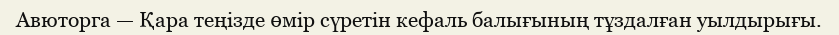
Авюторга — Қара теңізде өмір сүретін кефаль балығының тұздалған уылдырығы.